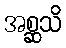
အစ္ဆသိ